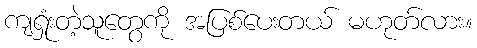
ကျရှုံးတဲ့သူတွေကို အပြစ်ပေးတယ် မဟုတ်လား။